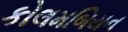
કોલમબિયન